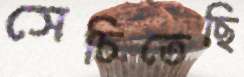
সেচিতেছি